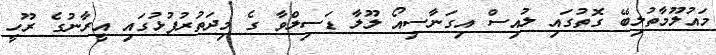
މައުލޫމާތުލިބޭ ގޮތުގައި ލުއިސް އިގަނާސިއޯ ލޫލާ ޑަސިލްވާ ގެ މިދަތުރުފުޅުގައި އީރާނުގެ ރޫހީ